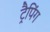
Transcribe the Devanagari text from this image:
ट्रैपिंग